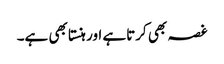
غصہ بھی کرتاہے اور ہنستا بھی ہے۔